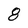
Character: 8